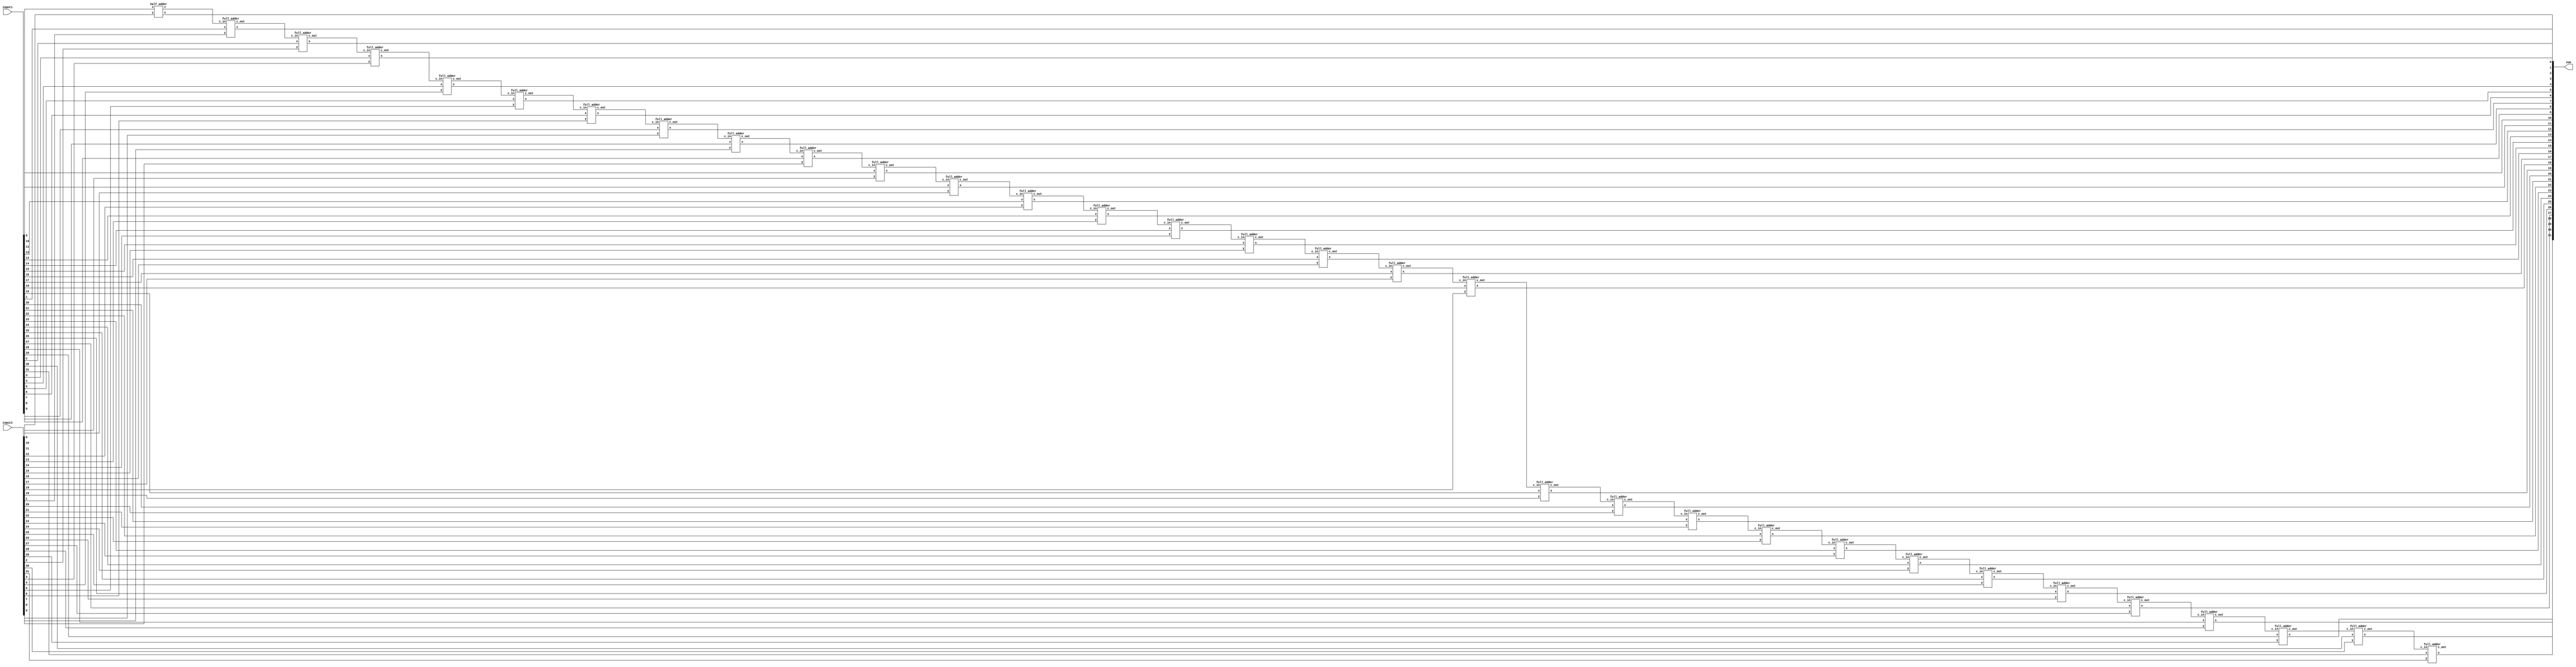
module adder(
    input1,
    input2,
    sum
);

parameter N = 32;
input [N-1:0] input1, input2;
output [N-1:0] sum;
wire  carry_out;
wire [N-1:0] carry;
genvar i;
generate 
   for(i=0;i<N;i=i+1)
    begin: generate_N_bit_Adder
        if(i==0) 
            half_adder f(input1[0],input2[0],sum[0],carry[0]);
        else
            full_adder f(input1[i],input2[i],carry[i-1],sum[i],carry[i]); //the last carry will be lost (overflow)
    end
    assign carry_out = carry[N-1];
endgenerate
endmodule 


module half_adder(
    x, //INPUT1
    y, //INPUT2
    s, //SUM
    c  //CARRY
); 
   input x,y;
   output s,c;
   assign s=x^y;
   assign c=x&y;
endmodule // half adder


module full_adder(
    x,
    y,
    c_in,
    s,
    c_out
);
   input x,y,c_in;
   output s,c_out;
 assign s = (x^y) ^ c_in;
 assign c_out = (y&c_in)| (x&y) | (x&c_in);
endmodule // full_adder